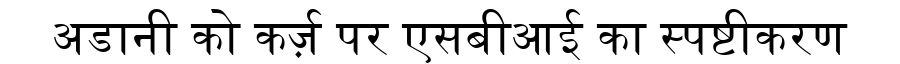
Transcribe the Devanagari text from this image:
अडानी को कर्ज़ पर एसबीआई का स्पष्टीकरण